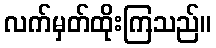
လက်မှတ်ထိုးကြသည်။